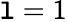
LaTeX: \mathtt{l}=1